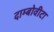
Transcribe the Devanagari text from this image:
दाम्बोवीटा